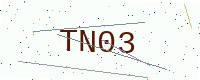
Text: TN03